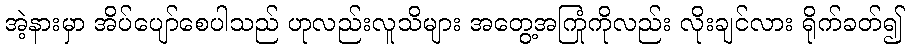
အဲ့နားမှာ အိပ်ပျော်စေပါသည် ဟုလည်းလူသိများ အတွေ့အကြုံကိုလည်း လိုးချင်လား ရိုက်ခတ်၍